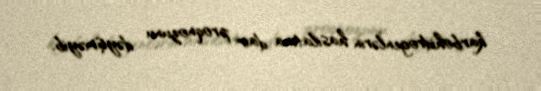
karbohidrogenlərin hasilatına dair proqnozunu dəyişməyib.